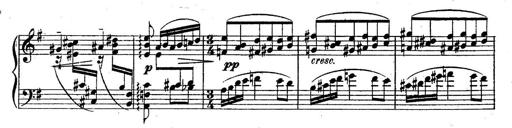
Title: Sonatine
Composer: Adrian Shaposhnikov
Key: E minor